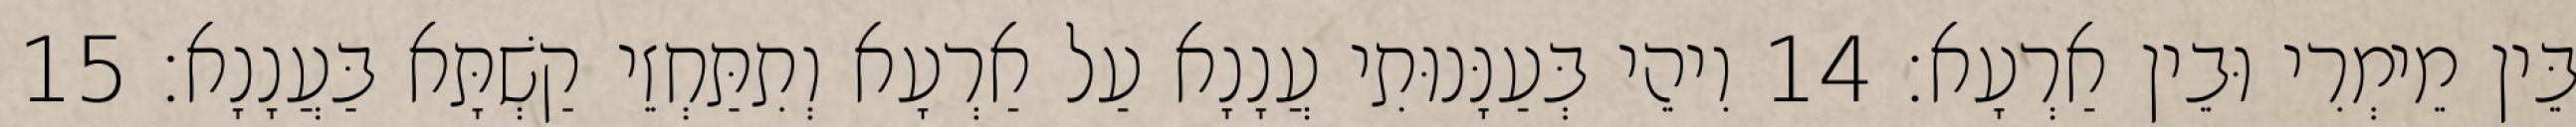
בֵּין מֵימְרִי וּבֵין אַרְעָא׃ 14 וִיהֵי בְּעַנָּנוּתִי עֲנָנָא עַל אַרְעָא וְתִתַּחְזֵי קַשְׁתָּא בַּעֲנָנָא׃ 15